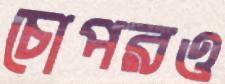
চোপরও